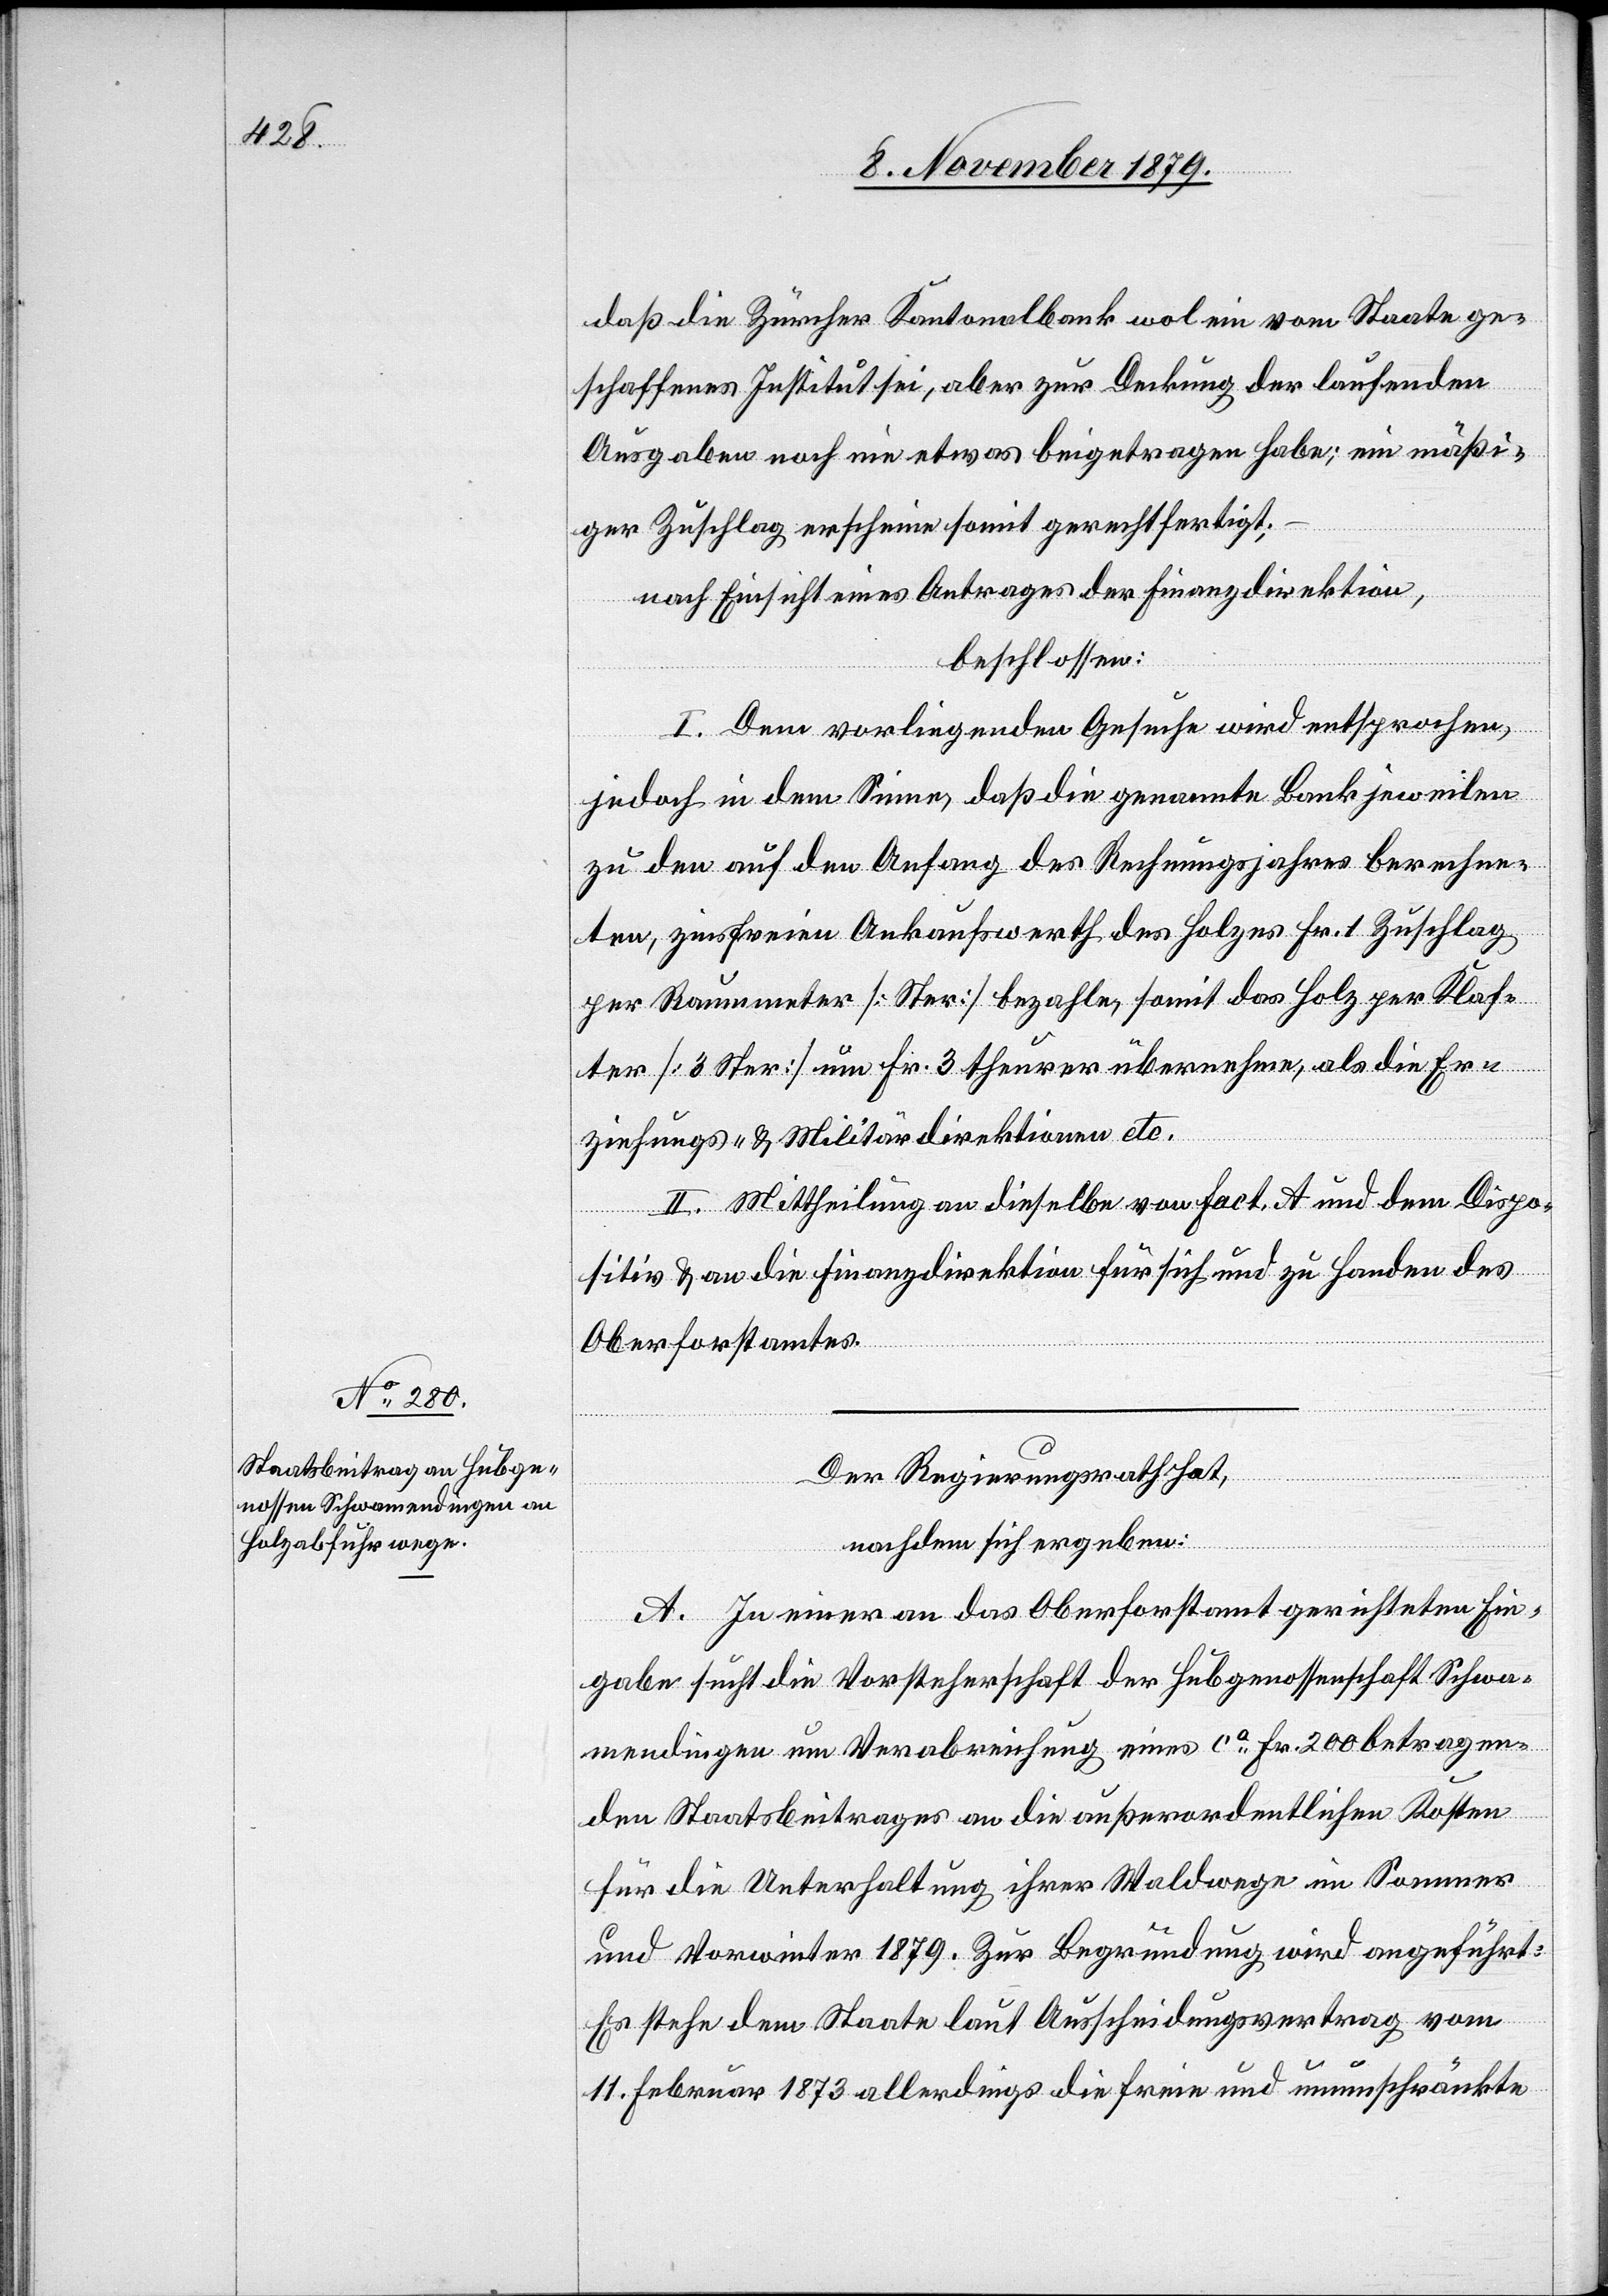
daß die Zürcher Kantonalbank wol ein vom Staate ge¬
schaffenes Institut sei, aber zur Deckung der laufenden
Ausgaben noch ein etwas beigetragen habe; ein mäßi¬
ger Zuschlag erscheine somit gerechtfertigt;
nach Einsicht eines Antrages der Finanzdirektion,
beschlossen:
I. Dem vorliegenden Gesuche wird entsprochen,
jedoch in dem Sinne, daß die genannte Bank jeweilen
zu den auf den Anfang des Rechnungsjahres berechne¬
ten, zinsfreien Ankaufswerth des Holzes Fr. 1 Zuschlag
per Raummeter [Ster] bezahle, somit das Holz per Klaf¬
ter [3 Meter] um Fr. 3 theurer übernehme, als die Er¬
ziehungs- & Militärdirektion etc.
II. Mittheilung an dieselbe von Fact. A und dem Dispo¬
sitiv & an die Finanzdirektion für sich und zu Handen des
Oberforstamtes.
Der Regierungsrath hat,
nachdem sich ergeben:
A. In einer an das Oberforstamt gerichteten Ein¬
gabe sucht die Vorsteherschaft der Hubgenossenschaft Schwa¬
mendingen um Verabreichung eines ca Fr. 200 betragen¬
den Staatsbeitrages an die außerordentlichen Kosten
für die Unterhaltung ihrer Waldwege im Sommer
und Vorwinter 1879. Zur Begründung wird angeführt:
Es stehe dem Staate laut Ausscheidungsvertrag vom
11. Februar 1873 allerdings die freie und unumschränkte